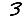
Digit: 3